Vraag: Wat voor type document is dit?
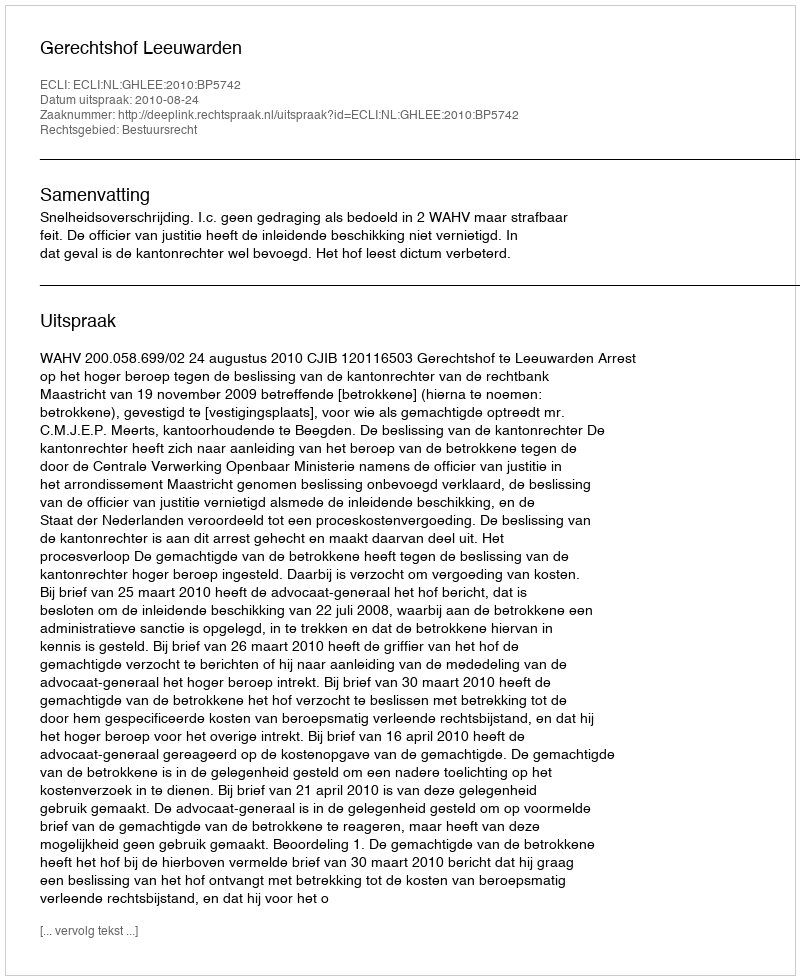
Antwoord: Uitspraak